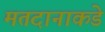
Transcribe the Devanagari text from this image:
मतदानाकडे